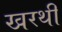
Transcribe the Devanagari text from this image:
खरथी